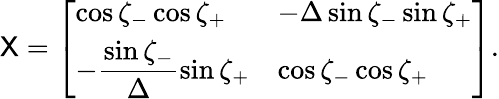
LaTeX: \mathsf X=\left[\begin{array}{ll}{\cos\zeta_{-}\cos\zeta_{+}}&{-\Delta\sin\zeta_{-}\sin\zeta_{+}}\\ {-\displaystyle\frac{\sin\zeta_{-}}\Delta\sin\zeta_{+}}&{\cos\zeta_{-}\cos\zeta_{+}}\end{array}\right].